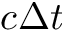
c \Delta t